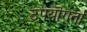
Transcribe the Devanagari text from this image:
उपयॊगर्ता